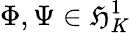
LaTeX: \Phi,\Psi\in\mathfrak{H}_{K}^{1}